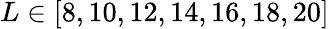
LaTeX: L\in[8,10,12,14,16,18,20]